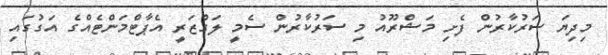
މިދިޔަ ސަރުކާރުން ފެށި މަޝްރޫއު މި ސަރުކާރުން ސެމީ ލަގްޒަރީ އެޕާޓްމަންޓެއްގެ އަގުގައި